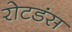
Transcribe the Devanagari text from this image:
रोटडंस